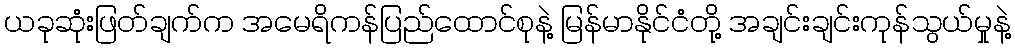
ယခုဆုံးဖြတ်ချက်က အမေရိကန်ပြည်ထောင်စုနဲ့ မြန်မာနိုင်ငံတို့ အချင်းချင်းကုန်သွယ်မှုနဲ့